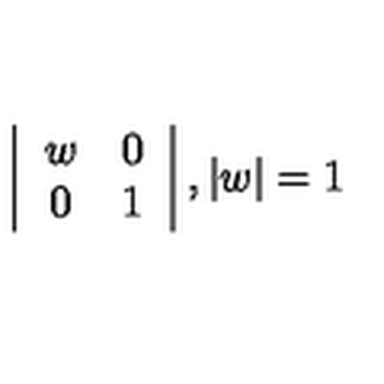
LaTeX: \left| \begin{array} { c c } { w } & { 0 } \\ { 0 } & { 1 } \\ \end{array} \right| , | w | = 1